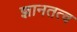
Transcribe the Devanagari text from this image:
ज्ञानतत्व